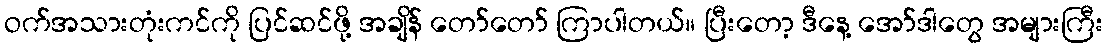
ဝက်အသားတုံးကင်ကို ပြင်ဆင်ဖို့ အချိန် တော်တော် ကြာပါတယ်။ ပြီးတော့ ဒီနေ့ အော်ဒါတွေ အများကြီး